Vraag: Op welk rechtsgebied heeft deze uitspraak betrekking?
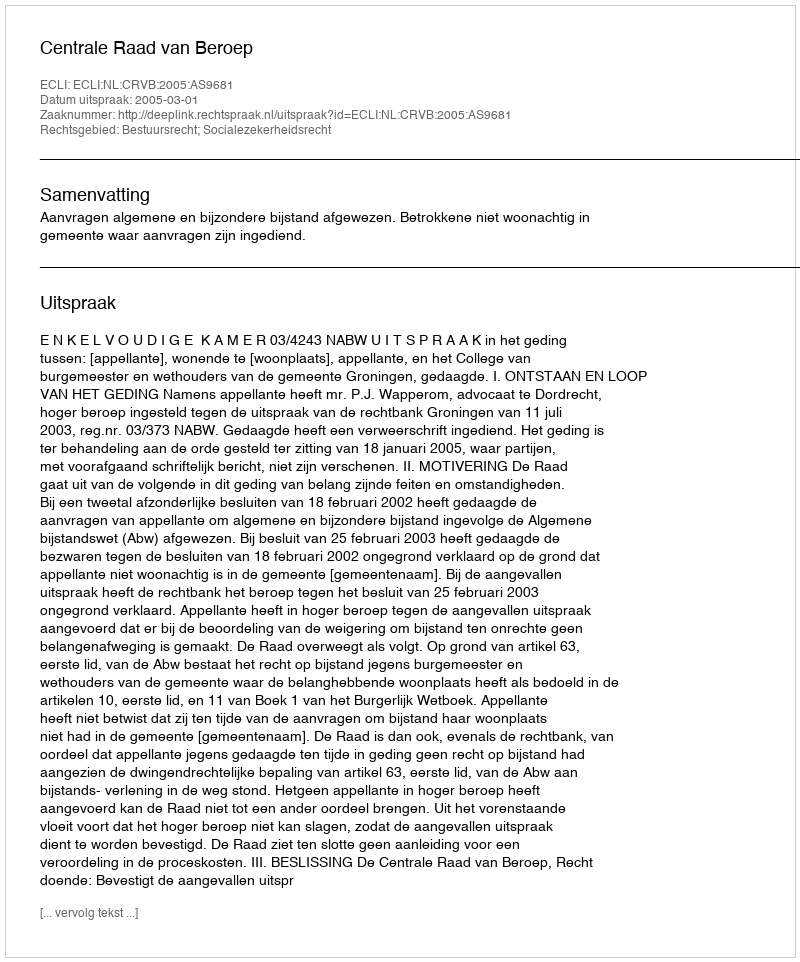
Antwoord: Bestuursrecht; Socialezekerheidsrecht